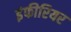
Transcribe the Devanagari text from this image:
इंफीरियर